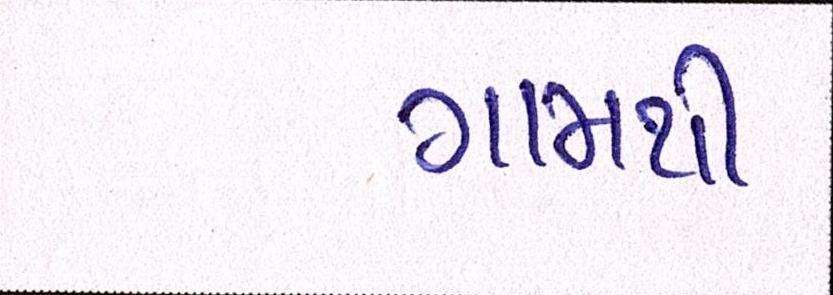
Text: ગામથી